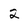
Character: 2